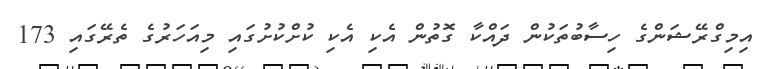
އިމިގްރޭޝަންގެ ހިސާބުތަކުން ދައްކާ ގޮތުން އެކި އެކި ކުށްކުށުގައި މިއަހަރުގެ ތެރޭގައި 173